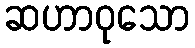
ဆဟာဝုသော